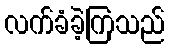
လက်ခံခဲ့ကြသည်